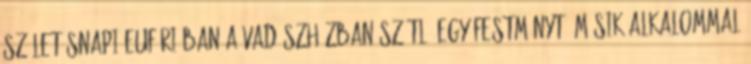
születésnapi eufóriában a vadászházban szétlő egy fest­ményt? Másik alkalommal